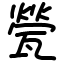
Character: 甇